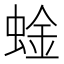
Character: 𫋆